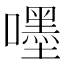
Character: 嚜